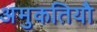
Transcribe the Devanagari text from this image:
अमुकतियौ